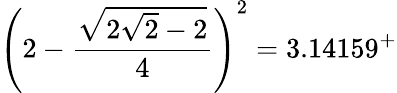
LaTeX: \left(2-{\frac{\sqrt{2{\sqrt{2}}-2}}{4}}\right)^{2}=3.14159^{+}